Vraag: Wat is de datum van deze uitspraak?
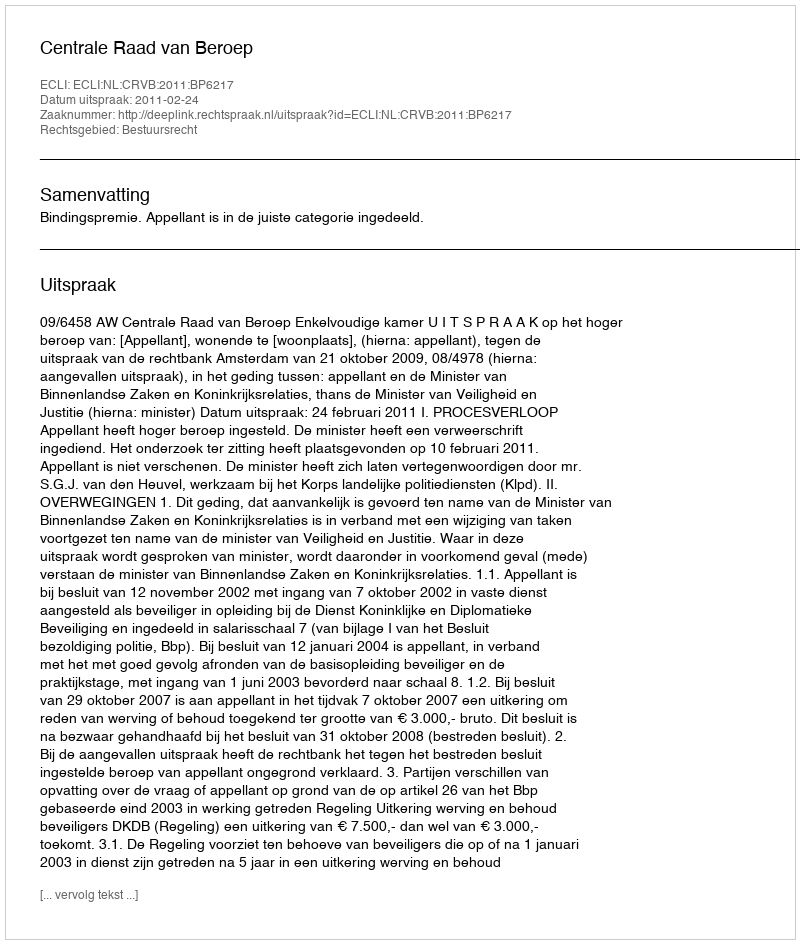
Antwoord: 2011-02-24